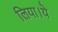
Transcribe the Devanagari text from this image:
लिया।ये